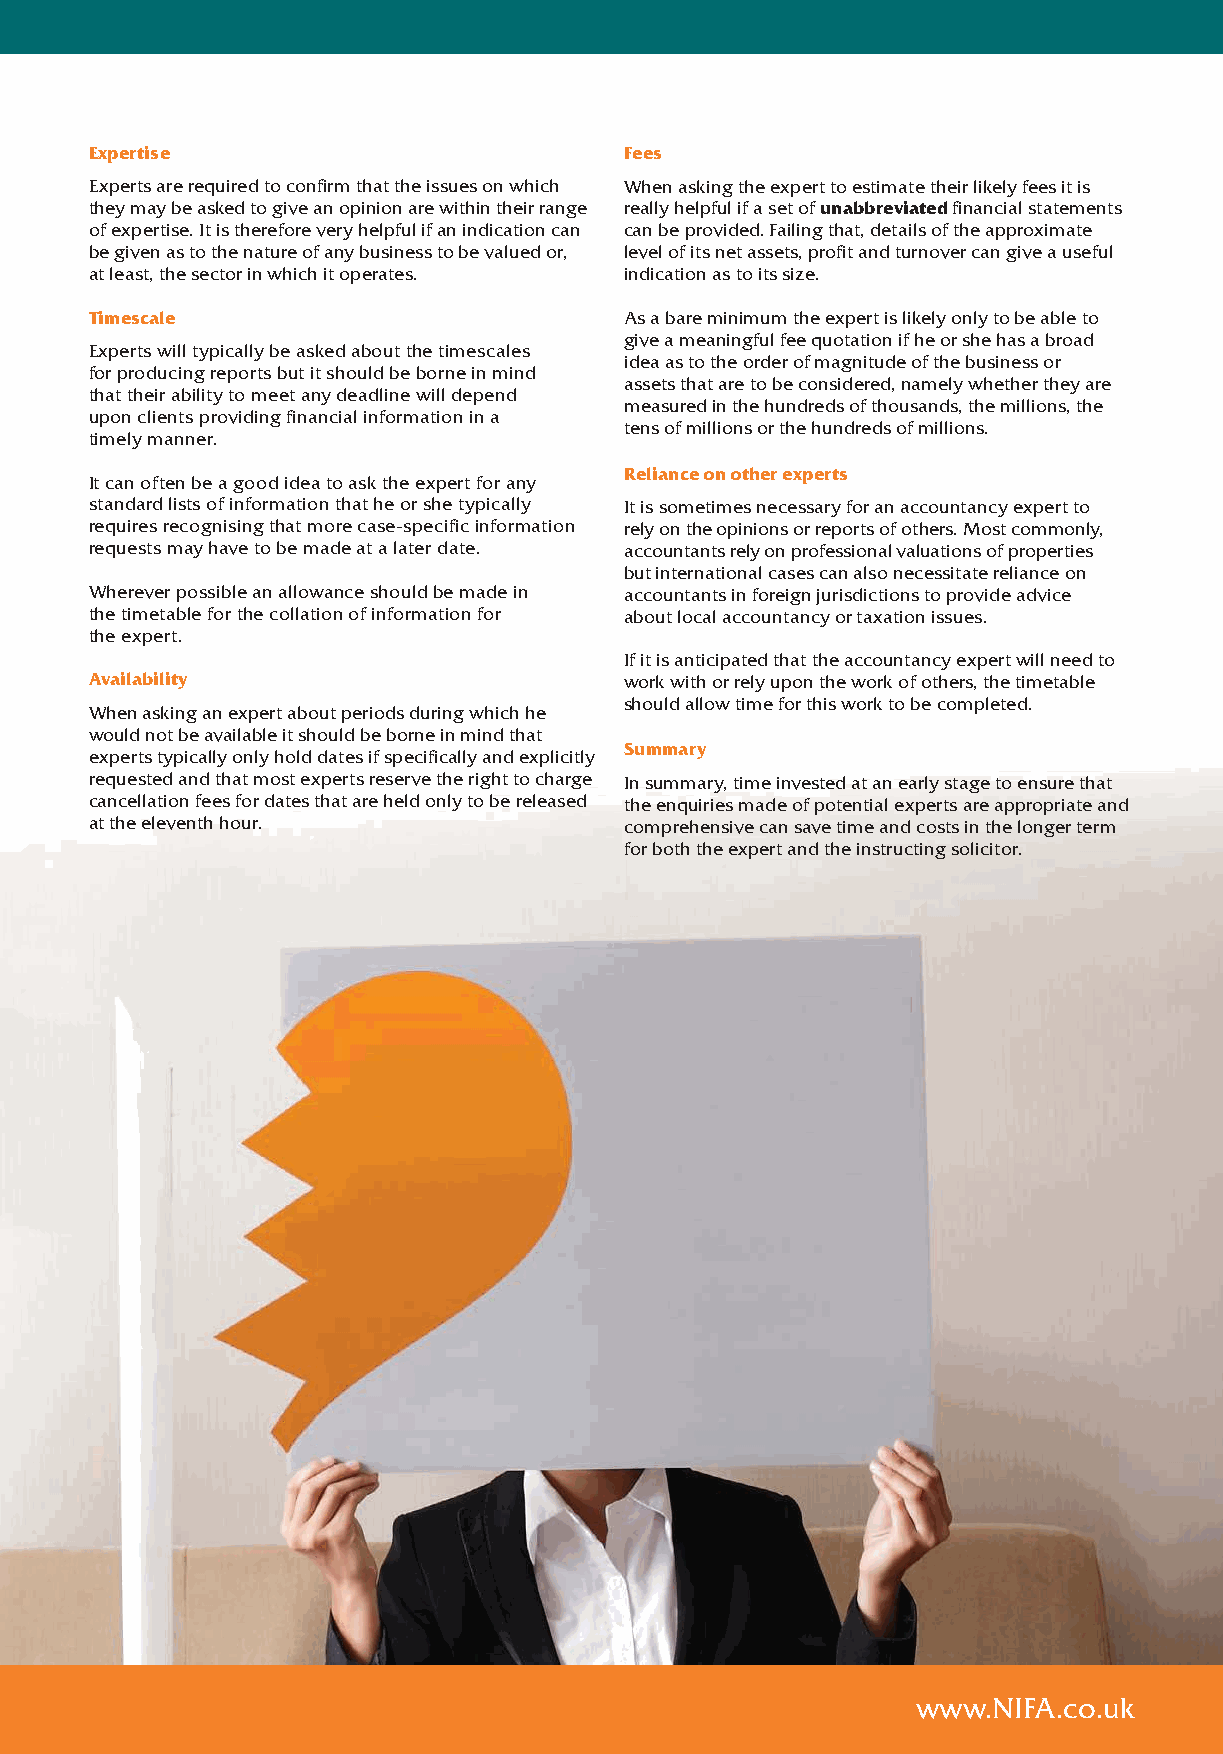
Expertise                          Fees
 Experts are required to confirm that the issues on which When asking the expert to estimate their likely fees it is
 they may be asked to give an opinion are within their range really helpful if a set of unabbreviated financial statements
 of expertise. It is therefore very helpful if an indication can can be provided. Failing that, details of the approximate
 be given as to the nature of any business to be valued or, level of its net assets, profit and turnover can give a useful
 at least, the sector in which it operates. indication as to its size.
 Timescale                          As a bare minimum the expert is likely only to be able to
 give a meaningful fee quotation if he or she has a broad
 Experts will typically be asked about the timescales
 idea as to the order of magnitude of the business or
 for producing reports but it should be borne in mind
 assets that are to be considered, namely whether they are
 that their ability to meet any deadline will depend
 measured in the hundreds of thousands, the millions, the
 upon clients providing financial information in a
 tens of millions or the hundreds of millions.
 timely manner.
 Reliance on other experts
 It can often be a good idea to ask the expert for any
 standard lists of information that he or she typically It is sometimes necessary for an accountancy expert to
 requires recognising that more case-specific information rely on the opinions or reports of others. Most commonly,
 requests may have to be made at a later date. accountants rely on professional valuations of properties
 but international cases can also necessitate reliance on
 Wherever possible an allowance should be made in accountants in foreign jurisdictions to provide advice
 the timetable for the collation of information for about local accountancy or taxation issues.
 the expert.
 If it is anticipated that the accountancy expert will need to
 Availability                       work with or rely upon the work of others, the timetable
 should allow time for this work to be completed.
 When asking an expert about periods during which he
 would not be available it should be borne in mind that
 Summary
 experts typically only hold dates if specifically and explicitly
 requested and that most experts reserve the right to charge In summary, time invested at an early stage to ensure that
 cancellation fees for dates that are held only to be released the enquiries made of potential experts are appropriate and
 at the eleventh hour.              comprehensive can save time and costs in the longer term
 for both the expert and the instructing solicitor.
 www.NIFA.co.uk